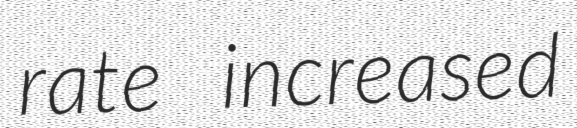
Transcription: rate increased